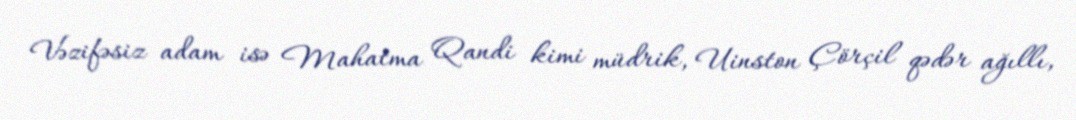
Vəzifəsiz adam isə Mahatma Qandi kimi müdrik, Uinston Çörçil qədər ağıllı,